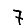
Digit: 7